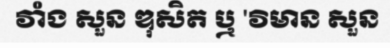
វាំង សួន ឌុសិត ឬ 'វិមាន សួន